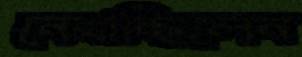
নেবাচ্ছিলেন